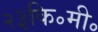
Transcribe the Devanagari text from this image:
२३कि॰मी॰